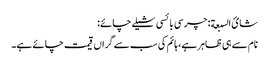
شائ السبعة: چرسی بائسی شیلے چائے:
نام سے ہی ظاہر ہے، ہائم کی سب سے گراں قیمت چائے ہے۔